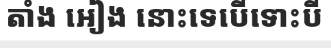
តាំង អៀង នោះទេបើទោះបី